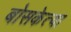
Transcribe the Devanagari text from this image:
बोसकेत्या